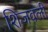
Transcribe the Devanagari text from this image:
शिजवली